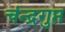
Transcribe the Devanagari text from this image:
चंन्द्रगुप्त